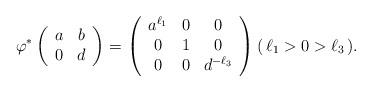
LaTeX: \begin{align*} \varphi^*\left(\begin{array}{c c} a & b \\ 0 & d \end{array}\right) & =\left(\begin{array}{c c c} a^{\ell_1} & 0 & 0 \\ 0 & 1 & 0 \\ 0 & 0 & d^{ - \ell_3} \end{array} \right)(\, \ell_1 > 0 > \ell_3 \, ) . \end{align*}